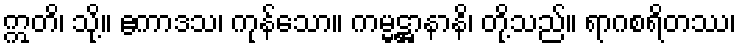
ဣတိ၊ သို့။ ဧကာဒသ၊ ကုန်သော။ ကမ္မဋ္ဌာနာနိ၊ တို့သည်။ ရာဂစရိတဿ၊